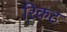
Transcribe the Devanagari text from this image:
रिकट